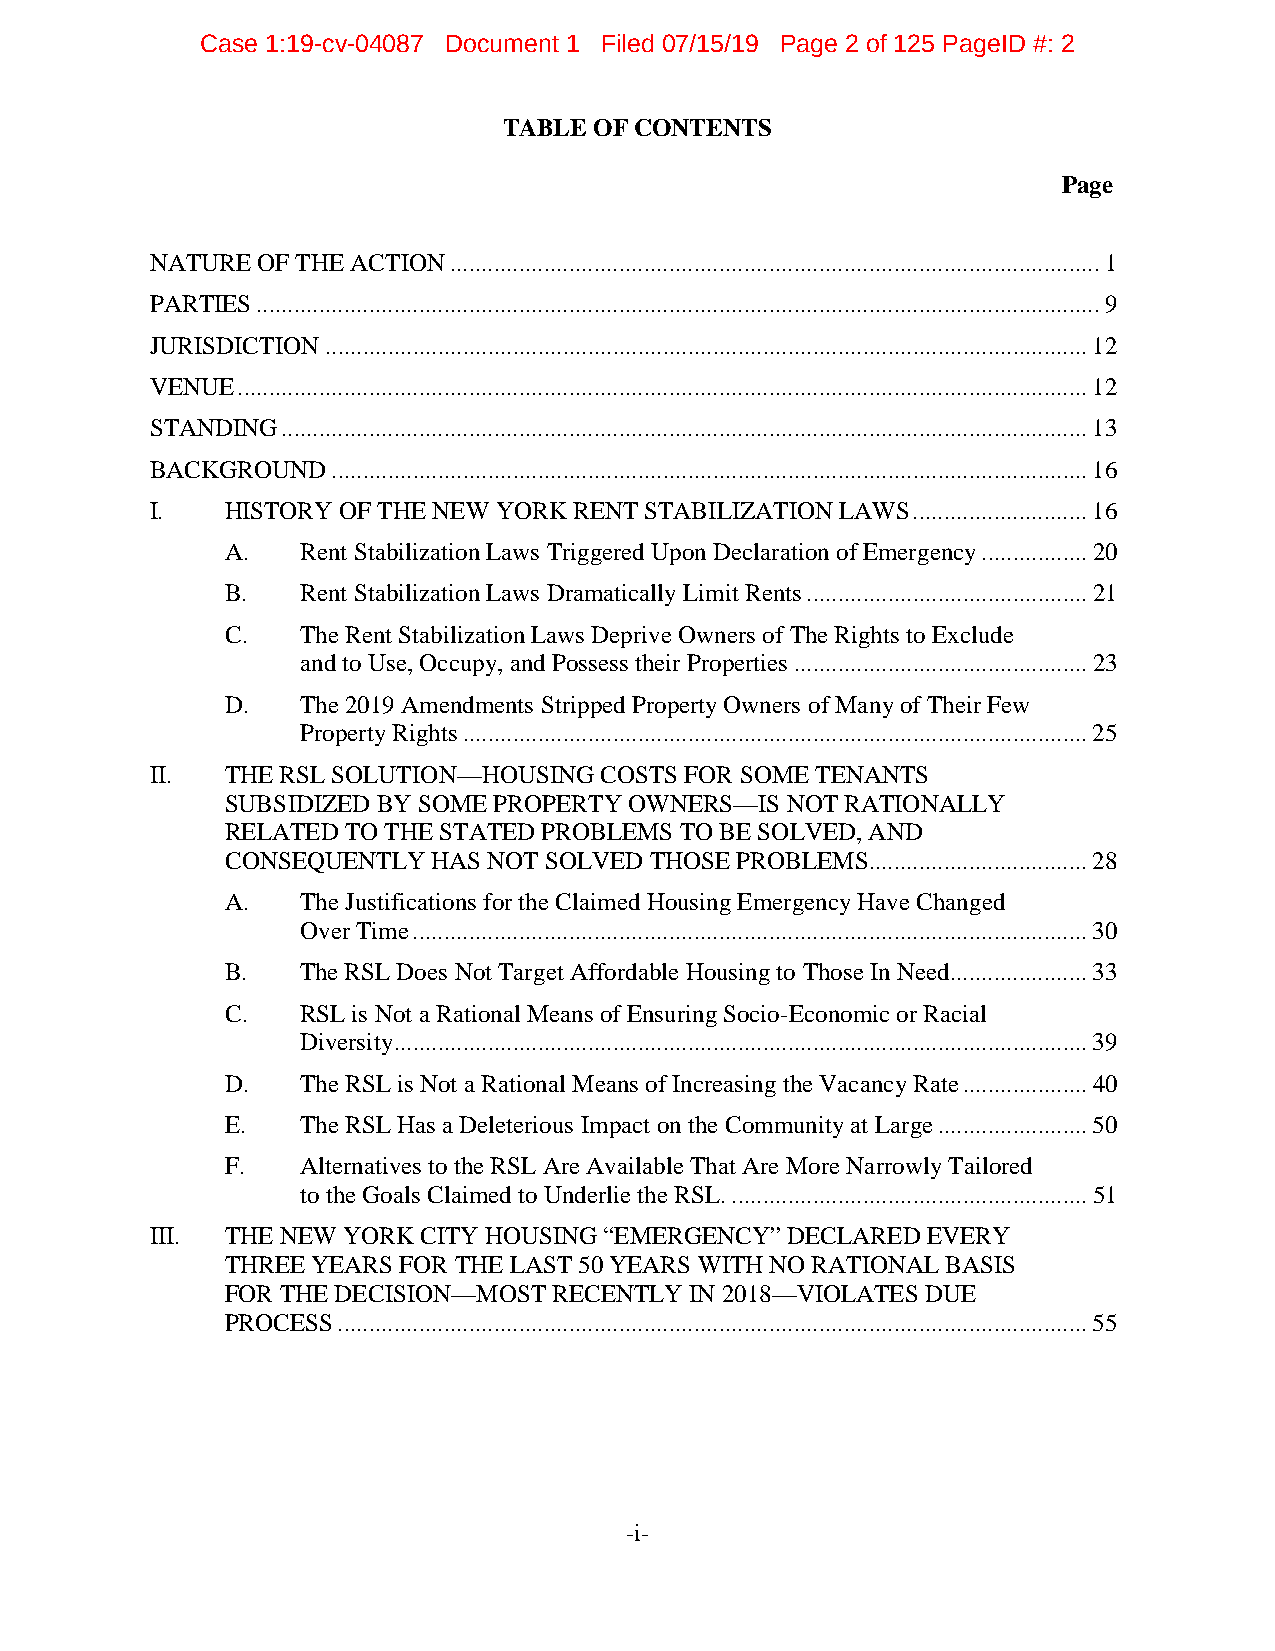
Case 1:19-cv-04087 Document 1 Filed 07/15/19 Page 2 of 125 PageID #: 2
 TABLE OF CONTENTS
 Page
 NATURE OF THE ACTION ........................................................................................................ 1
 PARTIES ....................................................................................................................................... 9
 JURISDICTION .......................................................................................................................... 12
 VENUE ........................................................................................................................................ 12
 STANDING ................................................................................................................................. 13
 BACKGROUND  ......................................................................................................................... 16
 I.   HISTORY OF THE NEW YORK RENT STABILIZATION LAWS ............................ 16
 A.   Rent Stabilization Laws Triggered Upon Declaration of Emergency ................. 20
 B.   Rent Stabilization Laws Dramatically Limit Rents ............................................. 21
 C.   The Rent Stabilization Laws Deprive Owners of The Rights to Exclude
 and to Use, Occupy, and Possess their Properties ............................................... 23
 D.   The 2019 Amendments Stripped Property Owners of Many of Their Few
 Property Rights .................................................................................................... 25
 II.  THE RSL SOLUTION—HOUSING COSTS FOR SOME TENANTS
 SUBSIDIZED BY SOME PROPERTY OWNERS—IS NOT RATIONALLY
 RELATED TO THE STATED PROBLEMS TO BE SOLVED, AND
 CONSEQUENTLY  HAS NOT SOLVED THOSE PROBLEMS................................... 28
 A.   The Justifications for the Claimed Housing Emergency Have Changed
 Over Time ............................................................................................................ 30
 B.   The RSL Does Not Target Affordable Housing to Those In Need...................... 33
 C.   RSL is Not a Rational Means of Ensuring Socio-Economic or Racial
 Diversity ............................................................................................................... 39
 D.   The RSL is Not a Rational Means of Increasing the Vacancy Rate .................... 40
 E.   The RSL Has a Deleterious Impact on the Community at Large ........................ 50
 F.   Alternatives to the RSL Are Available That Are More Narrowly Tailored
 to the Goals Claimed to Underlie the RSL. ......................................................... 51
 III. THE NEW YORK CITY HOUSING “EMERGENCY” DECLARED EVERY
 THREE YEARS FOR THE LAST 50 YEARS WITH NO RATIONAL BASIS
 FOR THE DECISION—MOST RECENTLY IN 2018—VIOLATES DUE
 PROCESS ........................................................................................................................ 55
 -i-